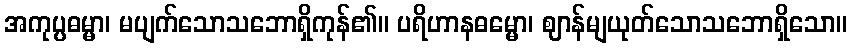
အကုပ္ပဓမ္မာ၊ မပျက်သောသဘောရှိကုန်၏။ ပရိဟာနဓမ္မော၊ ဈာန်မျယုတ်သောသဘောရှိသော။